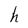
Character: h